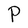
Character: P